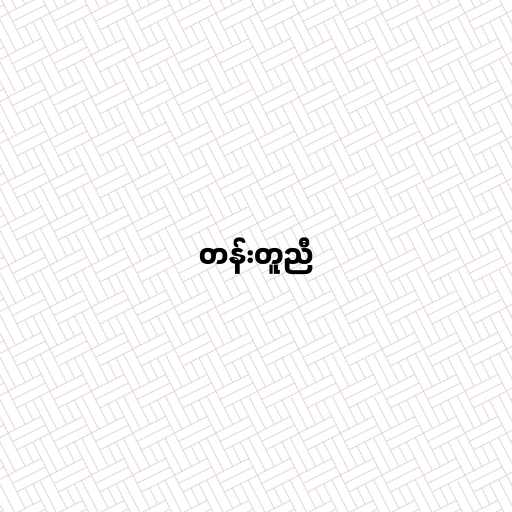
တန်းတူညီ